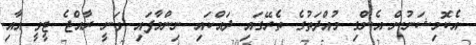
އެކޮމިޝަނުން އެންގި މުއްދަތުގެ ތެރޭގައި ދައްކައި ނިންމާފައި ވަނީ ރާއްޖެ ޓީވީ އާއި